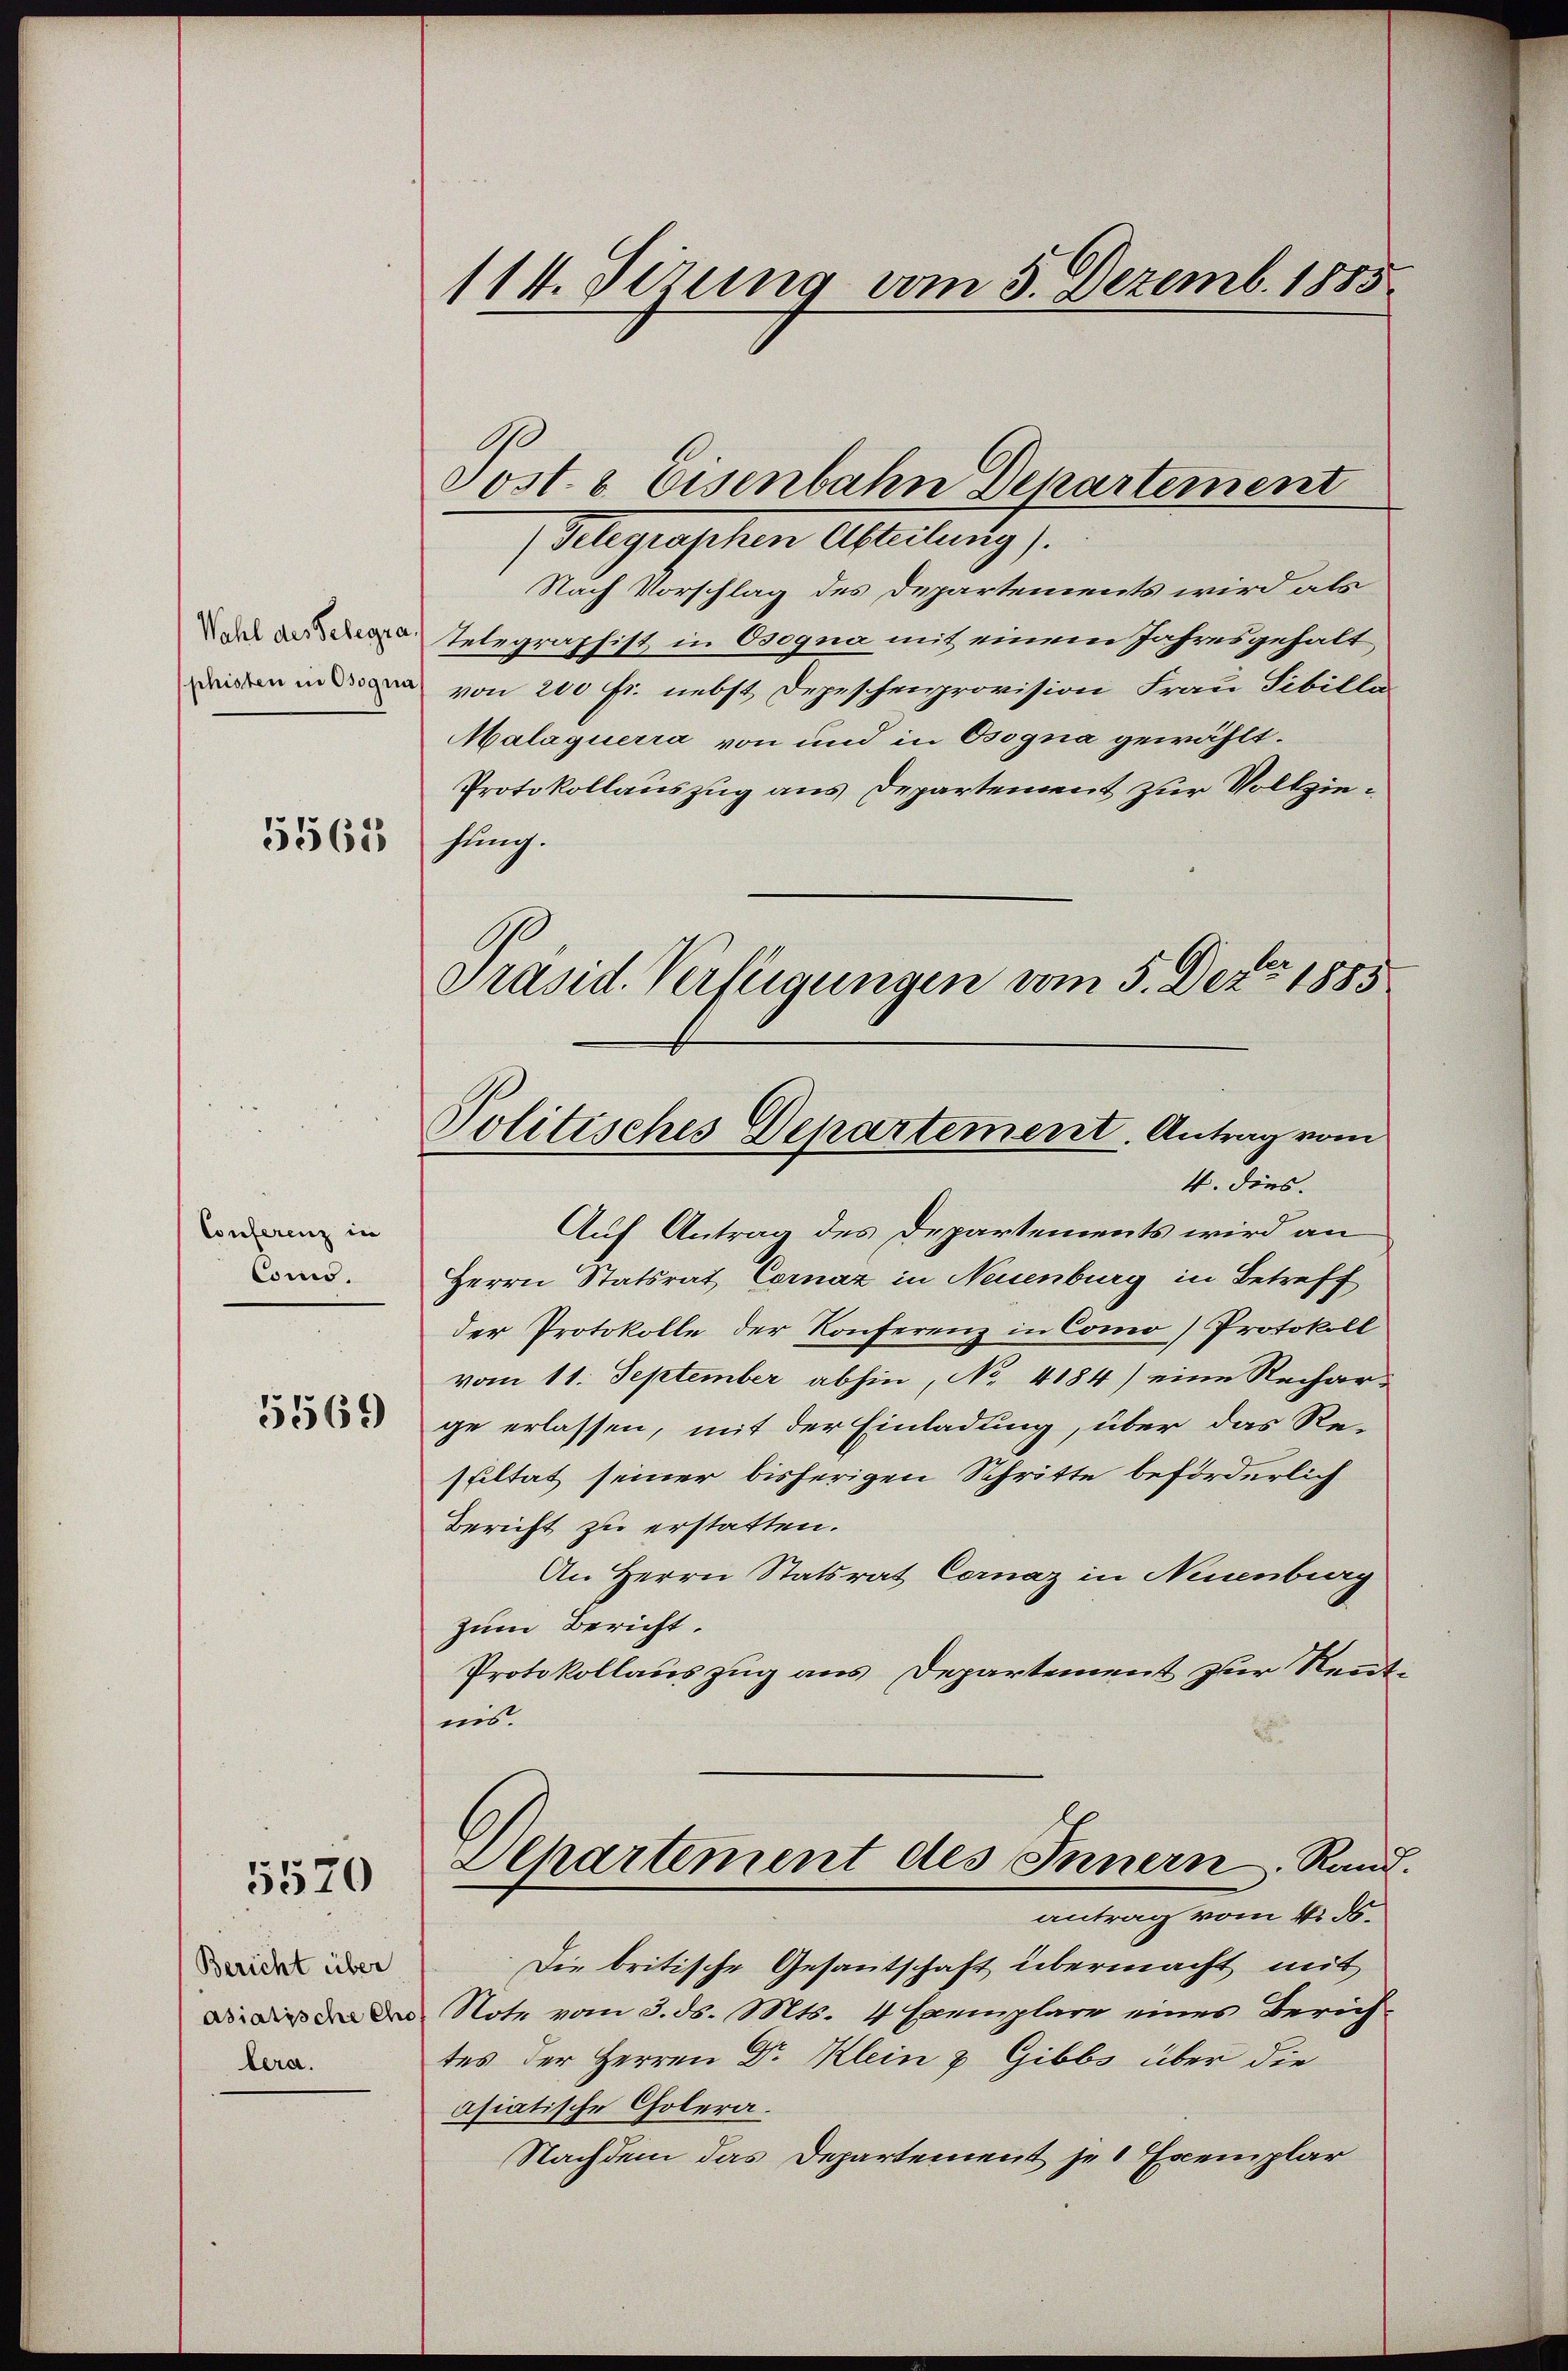
Wahl des Telegra
phisten in Osogna

5565

Conferenz in
Como.

5569

5570

Bericht über
asiatische Cho
bera.

114. Setzung vom 5. Dezemb. 1885

Post. & Eisenbahn Departement
/Telegraphen Abteilung).
Nach Vorschlag des Departements wird als
Telegraphist in Osogna mit einem Jahresgehalt
von 200 Fr. nebst Depeschenprovision Frau Tibilla
Malaquerra von und in Osogna gewählt.
Protokollauszug aus Departement zur Vollziesung.
Präsid. Verfügungen vom 5. Dez. 1885
Auf Antrag des Departements wird an
Herrn Statsrat Cornaz in Neuenburg in Betreff
der Protokolle der Konferenz in Como) Protokoll
vom 11. September abhin, No. 4184) eine Rechar-
ge erlassen, mit der Einladung, über das Resultat seiner bisherigen Schritte beförderlich
Bericht zu erstatten.
An Herrn Statsrat Cornaz in Neuenburg
zum Bericht.
Protokollauszug aus Departement zur Rentnis.
Departement des Innern Raud
antrag vom 4. d.
Die britische Gesantschaft übermacht mit
Note vom 3. ds. Mts. 4 Exemplare eines Zürichtes der Herren Dr. Klein & Gibbs über die
asiatische Cholera.
Nachdem das Departement je 1 Exemplar

Politisches Departement. Antrag vom
4. dies